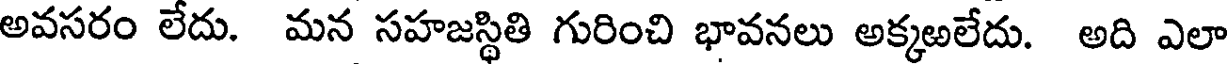
అవసరం లేదు. మన సహజస్థితి గురించి భావనలు అక్కఱలేదు. అది ఎలా